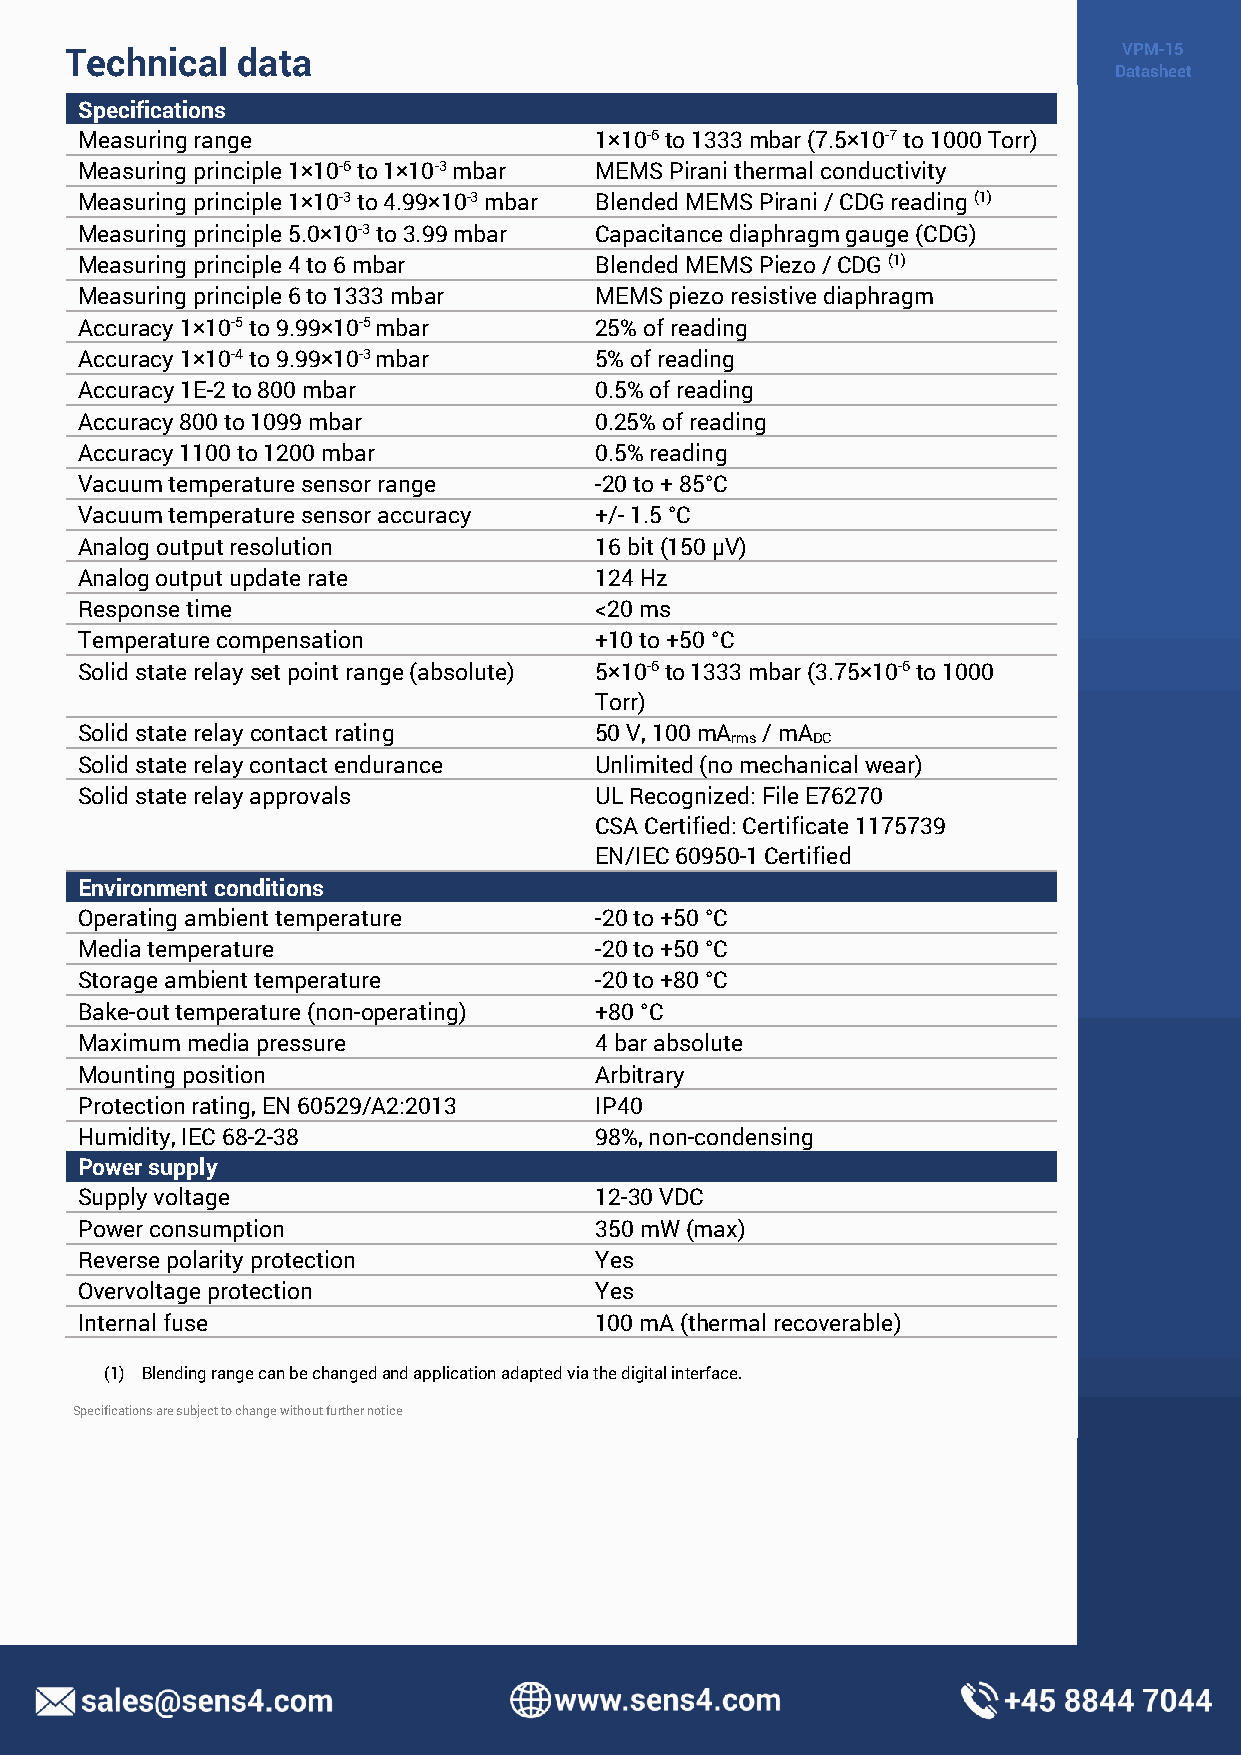
Technical   data                                                      VPM-15
 Datasheet
 Specifications
 Measuring range                   1×10-6 to 1333 mbar (7.5×10-7 to 1000 Torr)
 Measuring principle 1×10-6 to 1×10-3 mbar MEMS Pirani thermal conductivity
 Measuring principle 1×10-3 to 4.99×10-3 mbar Blended MEMS Pirani / CDG reading (1)
 Measuring principle 5.0×10-3 to 3.99 mbar Capacitance diaphragm gauge (CDG)
 Measuring principle 4 to 6 mbar   Blended MEMS Piezo / CDG (1)
 Measuring principle 6 to 1333 mbar MEMS piezo resistive diaphragm
 Accuracy 1×10-5 to 9.99×10-5 mbar 25% of reading
 Accuracy 1×10-4 to 9.99×10-3 mbar 5% of reading
 Accuracy 1E-2 to 800 mbar         0.5% of reading
 Accuracy 800 to 1099 mbar         0.25% of reading
 Accuracy 1100 to 1200 mbar        0.5% reading
 Vacuum temperature sensor range   -20 to + 85°C
 Vacuum temperature sensor accuracy +/- 1.5 °C
 Analog output resolution          16 bit (150 µV)
 Analog output update rate         124 Hz
 Response time                     <20 ms
 Temperature compensation          +10 to +50 °C
 Solid state relay set point range (absolute) 5×10-6 to 1333 mbar (3.75×10-6 to 1000
 Torr)
 Solid state relay contact rating  50 V, 100 mA / mA
 rms   DC
 Solid state relay contact endurance Unlimited (no mechanical wear)
 Solid state relay approvals       UL Recognized: File E76270
 CSA Certified: Certificate 1175739
 EN/IEC 60950-1 Certified
 Environment conditions
 Operating ambient temperature     -20 to +50 °C
 Media temperature                 -20 to +50 °C
 Storage ambient temperature       -20 to +80 °C
 Bake-out temperature (non-operating) +80 °C
 Maximum media pressure            4 bar absolute
 Mounting position                 Arbitrary
 Protection rating, EN 60529/A2:2013 IP40
 Humidity, IEC 68-2-38             98%, non-condensing
 Power supply
 Supply voltage                    12-30 VDC
 Power consumption                 350 mW (max)
 Reverse polarity protection       Yes
 Overvoltage protection            Yes
 Internal fuse                     100 mA (thermal recoverable)
 (1) Blending range can be changed and application adapted via the digital interface.
 Specifications are subject to change without further notice